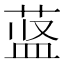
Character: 𱽷